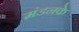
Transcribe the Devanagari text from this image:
मंडनके